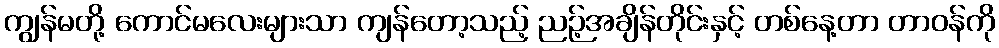
ကျွန်မတို့ ကောင်မလေးများသာ ကျန်တော့သည့် ညဉ့်အချိန်တိုင်းနှင့် တစ်နေ့တာ တာဝန်ကို